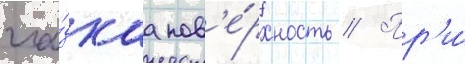
гла́дкаа пов'е́рхность // Пр'и́